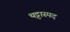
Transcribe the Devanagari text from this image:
थट्टास्पद